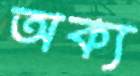
অক্য